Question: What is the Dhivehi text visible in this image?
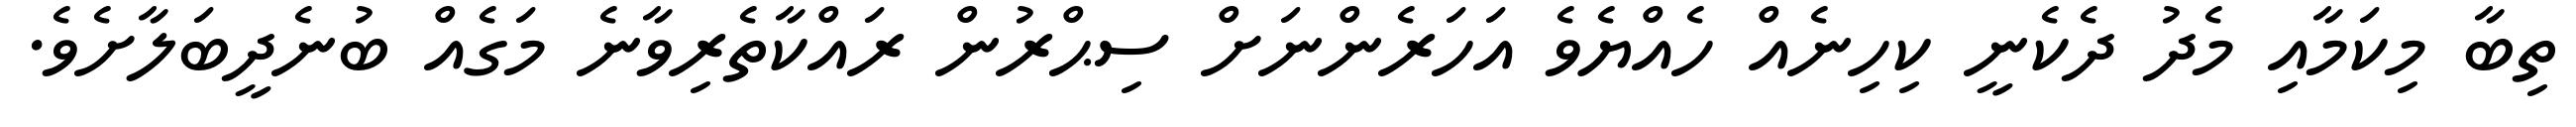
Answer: ތިބާ މިކަމާއި މެދު ދެކެނީ ކިހިނެއް ހެއްޔެވެ އަހަރެންނަށް ސިޙްރުން ރައްކާތެރިވާނެ މަގެއް ބުނެދީބަލާށެވެ.